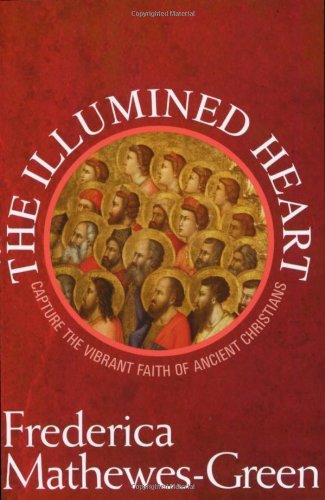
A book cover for The Illumined Heart: Capture the Vibrant Faith of the Ancient Christians; Frederica Mathewes-Green; Christian Books & Bibles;